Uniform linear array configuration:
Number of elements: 8
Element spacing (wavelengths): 0.5
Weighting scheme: blackman
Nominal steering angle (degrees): -30
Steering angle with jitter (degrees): -30.902
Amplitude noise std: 0.05
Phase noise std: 0.05

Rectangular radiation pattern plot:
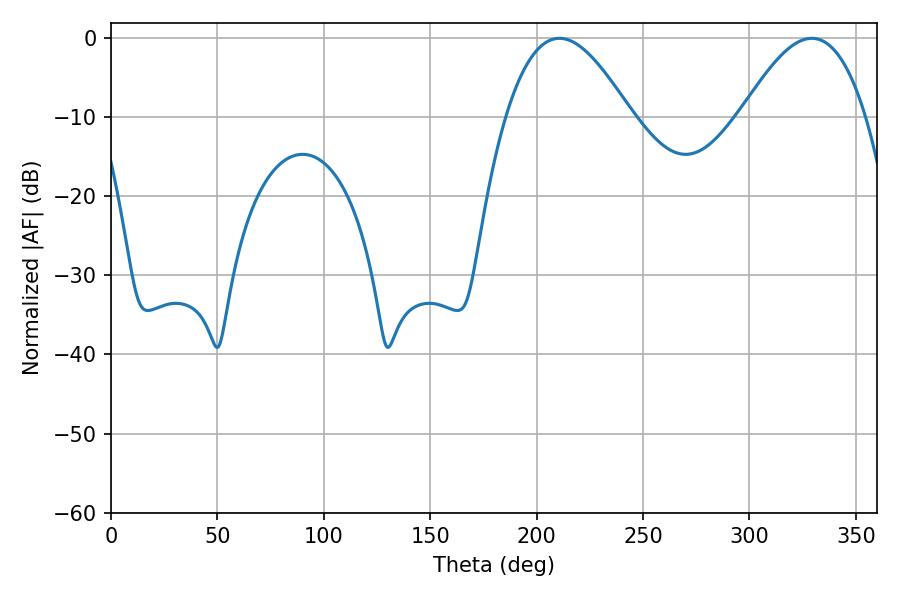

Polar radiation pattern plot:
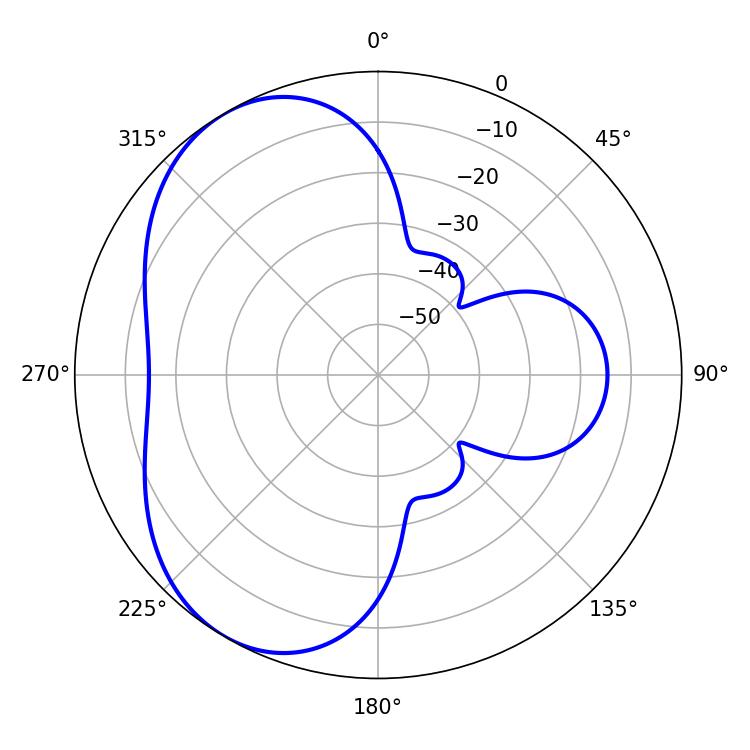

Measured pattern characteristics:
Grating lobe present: FALSE
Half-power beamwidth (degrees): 31.86
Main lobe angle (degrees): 210.78